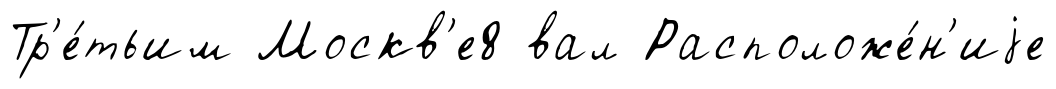
Тр'е́тьим Москв'е8 вал Расположе́н'иjе